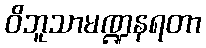
ဝိဘူသာမဏ္ဍနရတာ